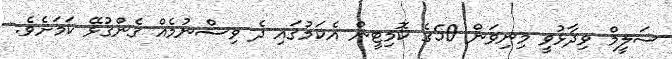
ސަލީމް ވިދާޅުވީ މިނިވަން 50ގެ ކޮމިޓީން އެކަމުގައި ދެ ވިސްނުމެއް ގެންގުޅޭ ކަމަށެވެ.